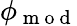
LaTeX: \phi_{\mathrm{~m~o~d~}}